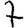
Digit: 7